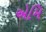
એમિ